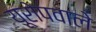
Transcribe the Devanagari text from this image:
यूरोपवाले